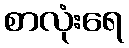
စာလုံးရေ